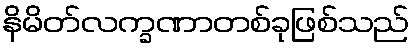
နိမိတ်လက္ခဏာတစ်ခုဖြစ်သည်